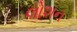
લોશન